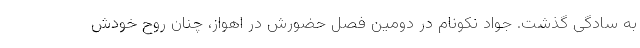
به سادگی گذشت. جواد نکونام در دومین فصل حضورش در اهواز، چنان روح خودش